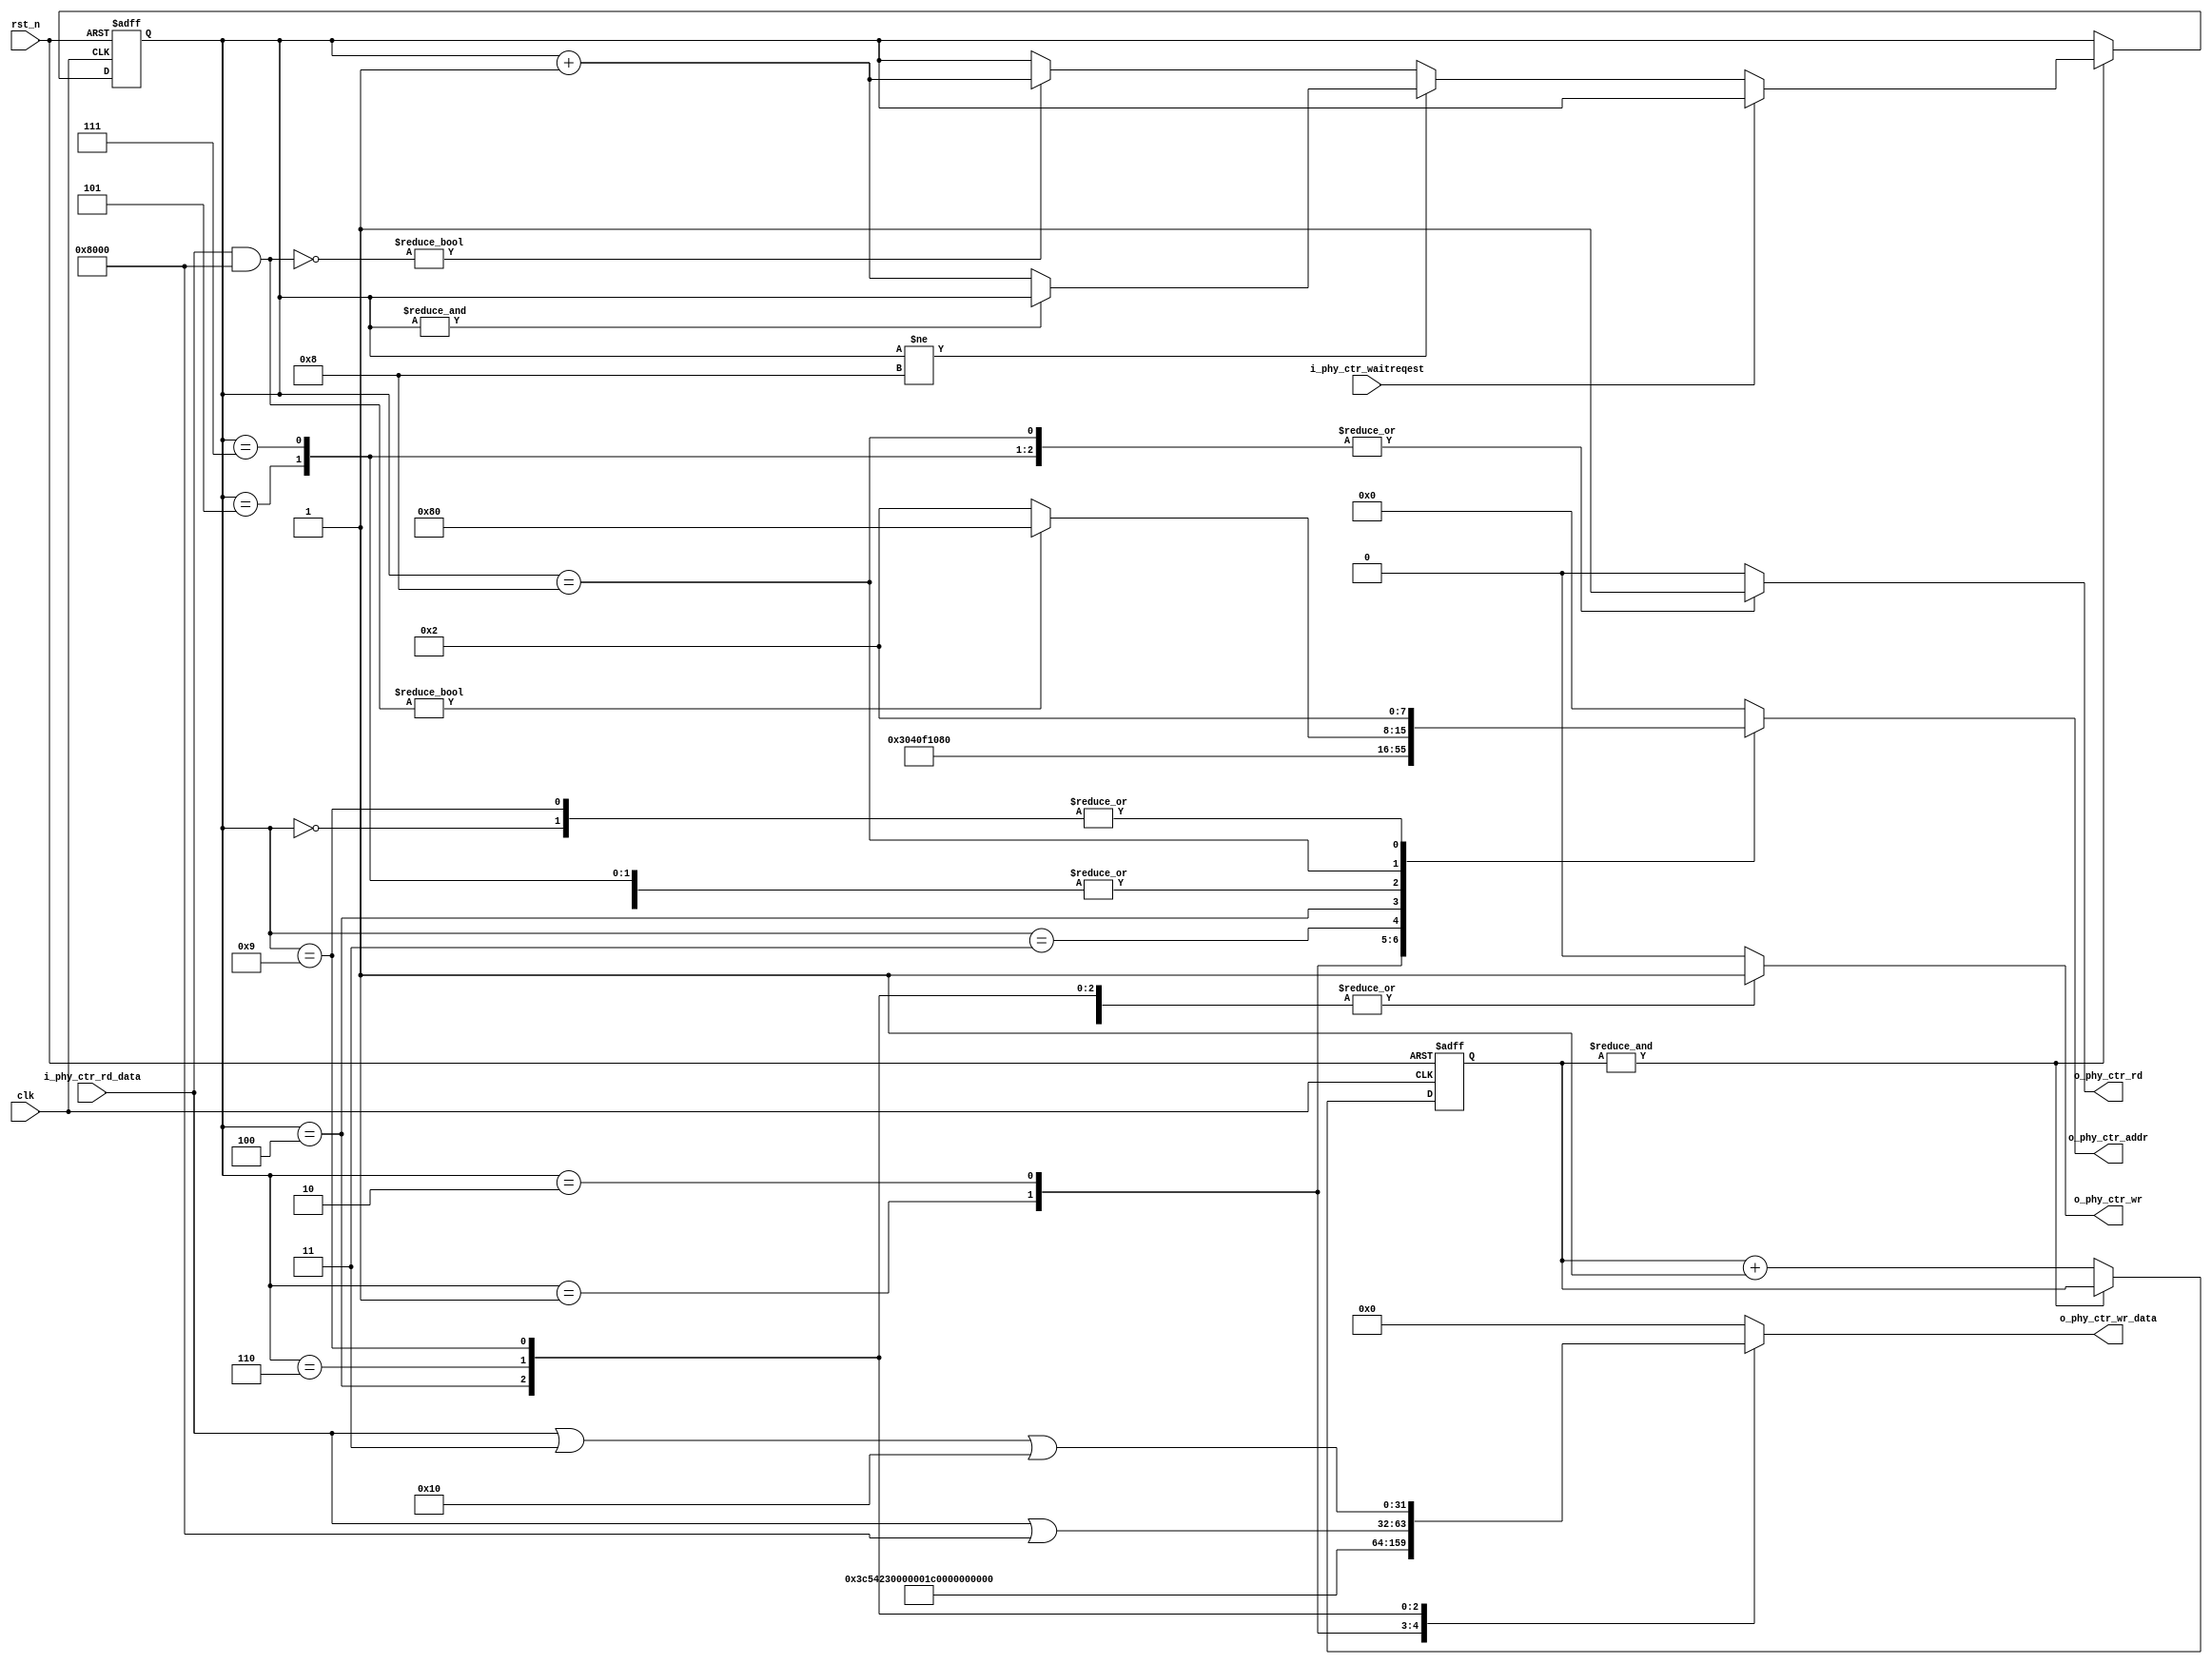
module init_phy(
	input						clk,
	input						rst_n,
	
	output		[7:0]			o_phy_ctr_addr,
	output		[31:0]			o_phy_ctr_wr_data,
	output						o_phy_ctr_wr,
	input		[31:0]			i_phy_ctr_rd_data,
	output						o_phy_ctr_rd,

	input						i_phy_ctr_waitreqest
);

	assign o_phy_ctr_addr = phy_ctr_addr;
	assign o_phy_ctr_wr_data = phy_ctr_wr_data;
	assign o_phy_ctr_wr = phy_ctr_wr;
	assign o_phy_ctr_rd = phy_ctr_rd;

//----------------------------------------------------------------------------
//	init phy
//----------------------------------------------------------------------------

	reg			[3:0]			phy_state;

	reg			[7:0]			phy_ctr_addr;
	reg			[31:0]		phy_ctr_wr_data;
	reg			[0:0]			phy_ctr_wr;
	reg			[0:0]			phy_ctr_rd;

	reg			[7:0]			phy_wait;

	always @ (posedge clk or negedge rst_n)
	begin
		if(~rst_n) begin
			phy_state <= 4'd0;
			phy_wait <= 8'd0;
		end
		else
			if(~&{phy_wait})
				phy_wait <= phy_wait + 8'd1;
			else
				if(~i_phy_ctr_waitreqest) begin
					if(phy_state != 4'd8) begin
						if(~&{phy_state})
							phy_state <= phy_state + 4'd1;
					end 
					else
						if(~(i_phy_ctr_rd_data & 32'h8000))
							phy_state <= phy_state + 4'd1;
				end
	end

	// src_mac = {8'h00, 8'h23, 8'h54, 8'h3C, 8'h47, 8'h1B};			
	always begin
		phy_ctr_addr = 8'd0;
		phy_ctr_wr_data = 32'h00000000;
		phy_ctr_wr = 1'b0;
		phy_ctr_rd = 1'b0;
		
		case(phy_state)
			4'd0: begin
				phy_ctr_addr = 8'd02;
				phy_ctr_wr_data = 32'h00000000;
				phy_ctr_wr = 1'b1;
				phy_ctr_rd = 1'b0;
			end				
			4'd1: begin
				phy_ctr_addr = 8'd03;
				// phy_ctr_wr_data = 32'h11362200;
				phy_ctr_wr_data = 32'h3C542300;
				phy_ctr_wr = 1'b1;
				phy_ctr_rd = 1'b0;
			end
			4'd2: begin
				phy_ctr_addr = 8'd04;
				phy_ctr_wr_data = 32'h00001B47;
				phy_ctr_wr = 1'b1;
				phy_ctr_rd = 1'b0;
			end
			4'd3: begin
				phy_ctr_addr = 8'h0F;
				phy_ctr_wr_data = 32'h00000000;
				phy_ctr_wr = 1'b1;
				phy_ctr_rd = 1'b0;
			end			
			4'd4: begin
				phy_ctr_addr = 8'h10;
				phy_ctr_wr_data = 32'h00000001;
				phy_ctr_wr = 1'b1;
				phy_ctr_rd = 1'b0;
			end			
				
			// Software RESET
			//IOWR(ETH_TSE_BASE, 0x80, IORD(ETH_TSE_BASE, 0x80) | 0x8000);
			4'd5: begin	
				phy_ctr_addr = 8'h80;
				phy_ctr_wr = 1'b0;
				phy_ctr_rd = 1'b1;
			end				
			4'd6: begin
				phy_ctr_addr = 8'h80;
				phy_ctr_wr_data = i_phy_ctr_rd_data | 32'h8000;
				phy_ctr_wr = 1'b1;
				phy_ctr_rd = 1'b0;
			end
			
			// Wait for wakeup after reset
			//while (IORD(ETH_TSE_BASE, 0x80) & 0x8000) __asm("NOP");
			4'd7: begin
				phy_ctr_addr = 8'h80;
				phy_ctr_wr = 1'b0;
				phy_ctr_rd = 1'b1;
			end
			
			4'd8: begin
				if(i_phy_ctr_rd_data & 32'h8000) begin
					phy_ctr_addr = 8'h80;
					phy_ctr_wr = 1'b0;
					phy_ctr_rd = 1'b1;
				end 
				else begin
					phy_ctr_addr = 8'h02; //IOWR(ETH_TSE_BASE, 2, IORD(ETH_TSE_BASE, 2) | 0x00000003); // TX_ENA & RX_ENA & 1GBit
					phy_ctr_wr = 1'b0;
					phy_ctr_rd = 1'b1;
				end
			end
					
			4'd9: begin	
				phy_ctr_addr = 8'h02;
				phy_ctr_wr_data = i_phy_ctr_rd_data | 32'h00000003 | 32'h00000010;
				phy_ctr_wr = 1'b1;
				phy_ctr_rd = 1'b0;
			end			

			default: begin
				phy_ctr_wr = 1'b0;
				phy_ctr_rd = 1'b0;
			end
		endcase
	end

	//----------------------------------------------------------------------------

endmodule